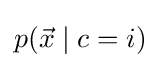
p({\vec {x}}\mid c=i)